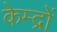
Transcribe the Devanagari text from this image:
केम्द्रों